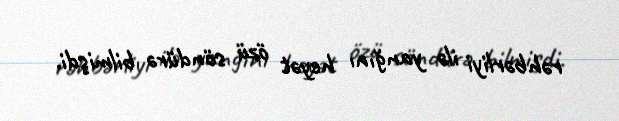
rəhbərliyi ilə yanğını heyət özü söndürə bilmişdi.